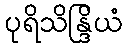
ပုရိသိန္ဒြိယံ